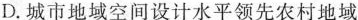
D.城市地域空间设计水平领先农村地域